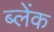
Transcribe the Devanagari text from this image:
ब्लेंक